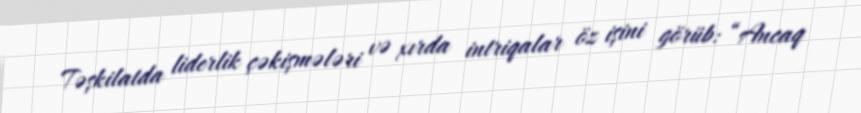
Təşkilatda liderlik çəkişmələri və xırda intriqalar öz işini görüb: “Ancaq